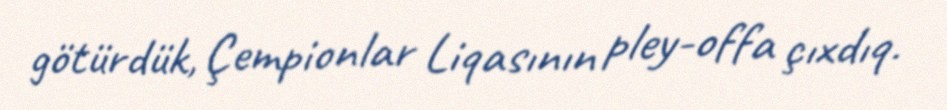
götürdük, Çempionlar Liqasının pley-offa çıxdıq.